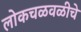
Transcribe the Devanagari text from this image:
लोकचळवळीचे